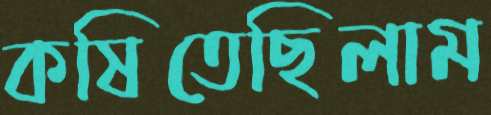
কষিতেছিলাম